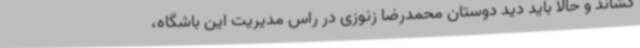
کشاند و حالا باید دید دوستان محمدرضا زنوزی در راس مدیریت این باشگاه،